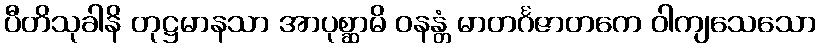
ပီတိသုခါနိ တုဋ္ဌမာနသာ အာပုစ္ဆာမိ ဝနန္တံ မာတင်္ဂဇာတကေ ဝါကျသေသော